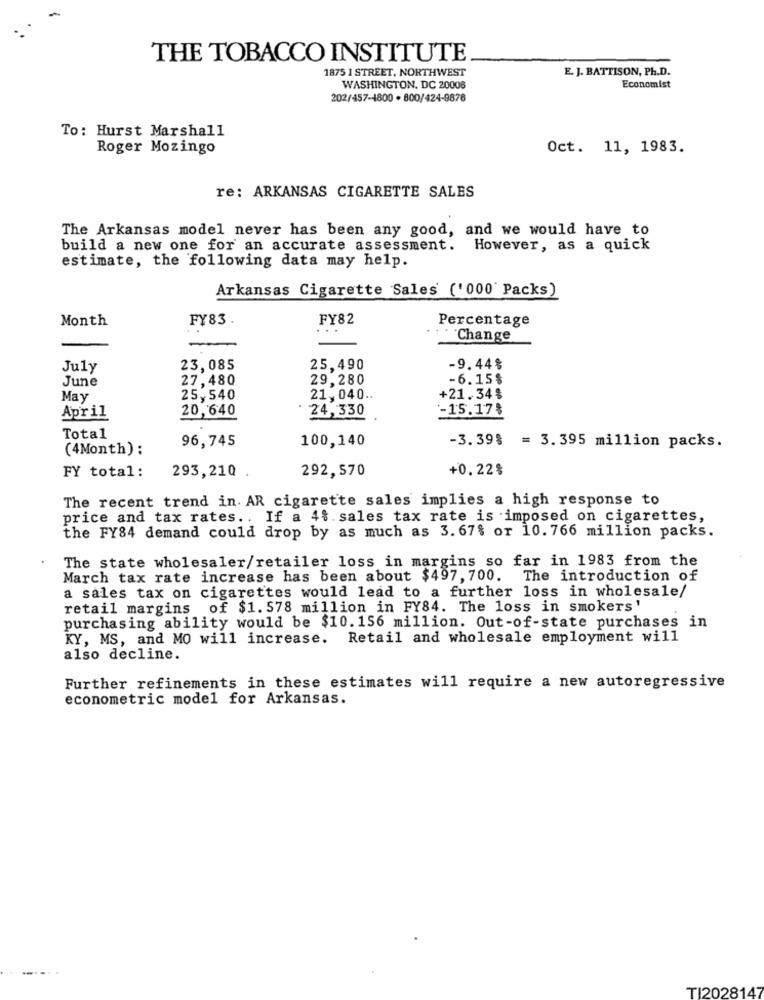
THE TOBACCO INSTITUTE
1875 1 STREET, NORTHWEST
E. J. BATTISON, Ph.D.
WASHINGTON, DC 20006
Economist
202/457-4800 . 800/424-9876
To: Hurst Marshall
Roger Mozingo
Oct. 11, 1983.
re: ARKANSAS CIGARETTE SALES
The Arkansas model never has been any good, and we would have to
build a new one for an accurate assessment. However, as a quick
estimate, the following data may help.
Arkansas Cigarette Sales ('000 Packs)
Month
FY83
FY82
Percentage
-
`Change
July
23,085
25,490
-9.44%
June
27,480
29,280
-6.15$
May
25,540
21,040 ..
+21.34%
20,640
24,330
-15.17%
April
Total
96,745
-3.39%
(4Month) :
100,140
= 3.395 million packs.
FY total:
292,570
+0.22%
293,210
The recent trend in. AR cigarette sales implies a high response to
price and tax rates .. If a 4%. sales tax rate is imposed on cigarettes,
the FY84 demand could drop by as much as 3.67% or 10.766 million packs.
The state wholesaler/retailer loss in margins so far in 1983 from the
March tax rate increase has been about $497, 700. The introduction of
a sales tax on cigarettes would lead to a further loss in wholesale/
retail margins of $1. 578 million in FY84. The loss in smokers'
purchasing ability would be $10.156 million. Out-of-state purchases in
KY, MS, and MO will increase. Retail and wholesale employment will
also decline.
Further refinements in these estimates will require a new autoregressive
econometric model for Arkansas.
TI2028147